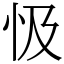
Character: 忣